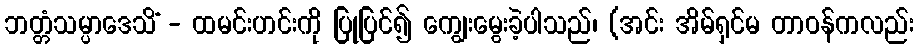
ဘတ္တံသမ္ပာဒေသိံ - ထမင်းဟင်းကို ပြုပြင်၍ ကျွေးမွေးခဲ့ပါသည်၊ (အင်း အိမ်ရှင်မ တာဝန်ကလည်း